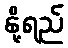
နို့ရည်